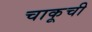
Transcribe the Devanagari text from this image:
चाकूची